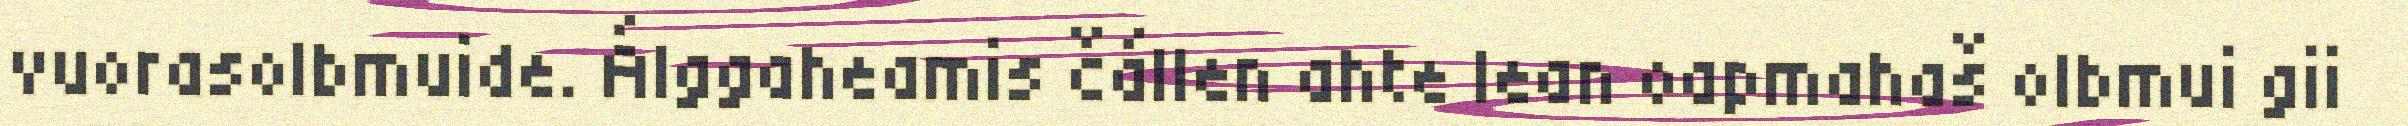
vuorasolbmuide. Álggaheamis čállen ahte lean oapmahaš olbmui gii